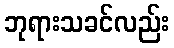
ဘုရားသခင်လည်း